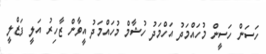
ހަސަން ހަސީން މުހައްމަދު އަހްމަދު ހުޝާމް މުހައްމަދު އީވާން ޒާހިރު އަލީ ފަޒްލީ